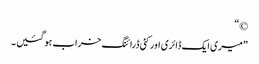
©“
”میری ایک ڈائری اورکئی ڈرائنگ خراب ہو گئیں ۔